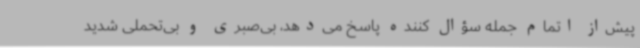
پیش‌از اتمام جمله سؤال کننده پاسخ می‌دهد، بی‌صبری و بی‌تحملی شدید